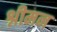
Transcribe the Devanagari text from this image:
श्नीमन